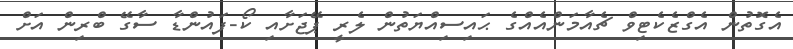
އެގޮތުން އެގްޒެކެޓިވް ޗެއާމަންއެއްގެ ޙައިސިއްޔަތުން ލެރީ ޕޭޖަށާއި ކޯ-ފައުންޑާ ސާގޭ ބްރިން އަށް